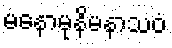
မနောမုနိမနာသဝံ